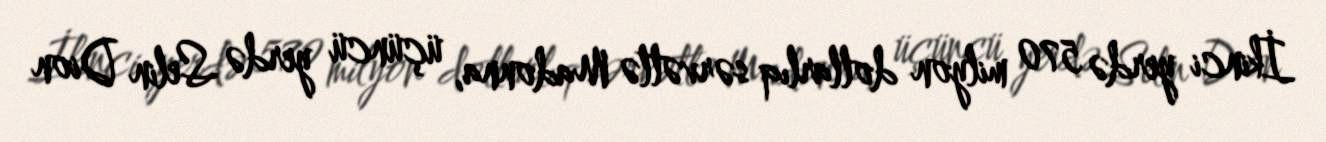
İkinci yerdə 570 milyon dollarlıq sərvətlə Madonna, üçüncü yerdə Selin Dion